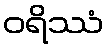
ဝရိဿံ